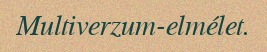
Multiverzum-elmélet.